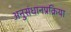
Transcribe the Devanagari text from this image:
अनुसंधानप्रक्रिया